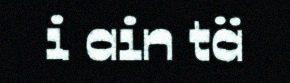
i ain tä